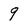
Character: 9